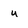
Character: u